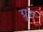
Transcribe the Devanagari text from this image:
ग्रुस